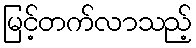
မြင့်တက်လာသည့်